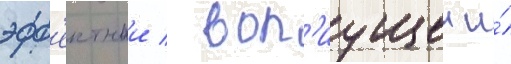
эфф'ектнои / воп'иущеи и́